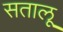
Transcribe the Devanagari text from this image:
सतालू